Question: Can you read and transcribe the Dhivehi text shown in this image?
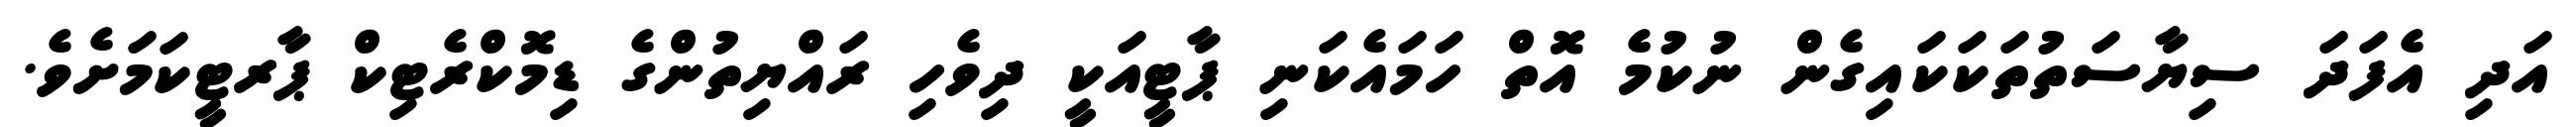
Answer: އަދި އެފަދަ ސިޔާސަތުތަކަކައިގެން ނުކުމެ އޮތް ހަމައެކަނި ޕާޓީއަކީ ދިވެހި ރައްޔިތުންގެ ޑިމޮކްރެޓިކް ޕާރޓީކަމަށެވެ.